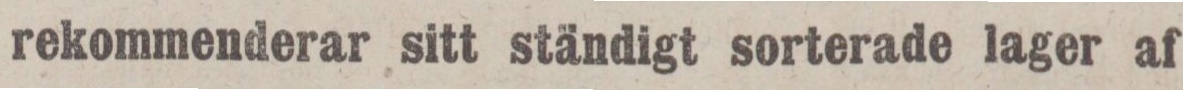
rekommenderar sitt ständigt sorterade lager af